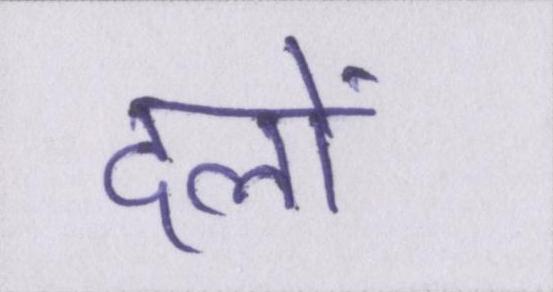
दलों